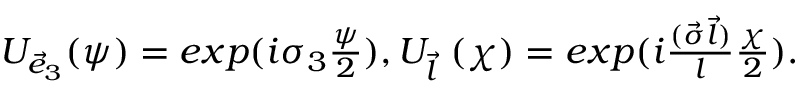
\begin{array} { c } { { U _ { { \vec { e } } _ { 3 } } ( \psi ) = e x p ( i { \sigma } _ { 3 } { \frac { \psi } { 2 } } ) , U _ { \vec { l } } ~ ( \chi ) = e x p ( i { \frac { ( { \vec { \sigma } } { \vec { l } } ) } { l } } { \frac { \chi } { 2 } } ) . } } \end{array}